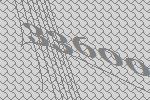
33600